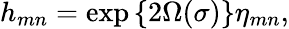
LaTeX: h_{mn}=\exp\left\{ 2\Omega(\sigma)\right\} \eta_{mn},